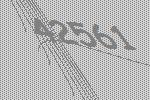
42561